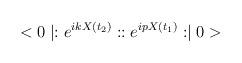
LaTeX: \begin{align*}<0\mid :e^{ikX(t_{2})}: :e^{ipX(t_{1})}: \mid 0>\end{align*}